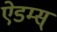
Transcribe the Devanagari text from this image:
ऐडम्स्‌